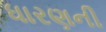
ધારણની